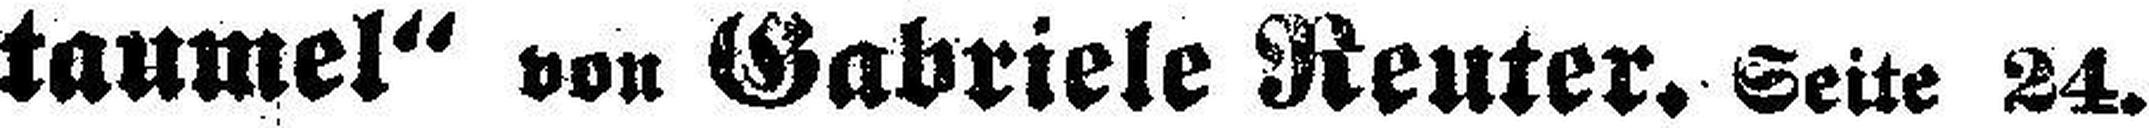
taumel“ von Gabriele Reuter. Seite 24.